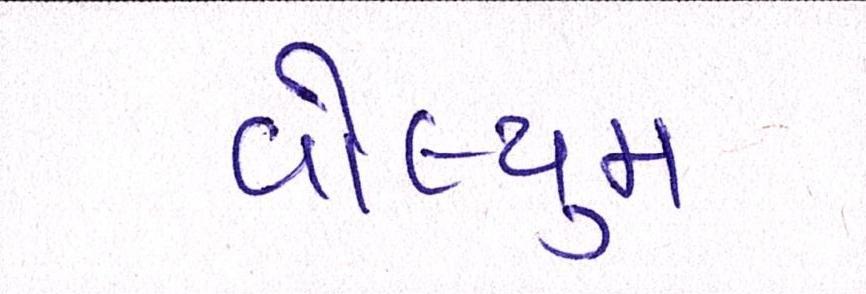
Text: વોલ્યુમ